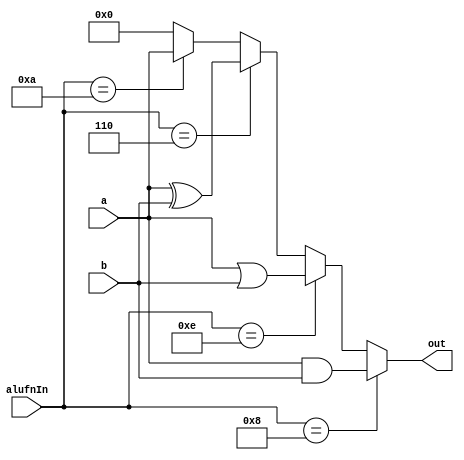
/*
   This file was generated automatically by the Mojo IDE version B1.3.6.
   Do not edit this file directly. Instead edit the original Lucid source.
   This is a temporary file and any changes made to it will be destroyed.
*/

module bool_5 (
    input [15:0] a,
    input [15:0] b,
    input [3:0] alufnIn,
    output reg [15:0] out
  );
  
  
  
  always @* begin
    if (alufnIn == 4'h8) begin
      out = a & b;
    end else begin
      if (alufnIn == 4'he) begin
        out = a | b;
      end else begin
        if (alufnIn == 4'h6) begin
          out = a ^ b;
        end else begin
          if (alufnIn == 4'ha) begin
            out = a;
          end else begin
            out = 1'h0;
          end
        end
      end
    end
  end
endmodule